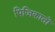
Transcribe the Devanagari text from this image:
पिजिकातो